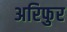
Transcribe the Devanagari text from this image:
अरिफुर